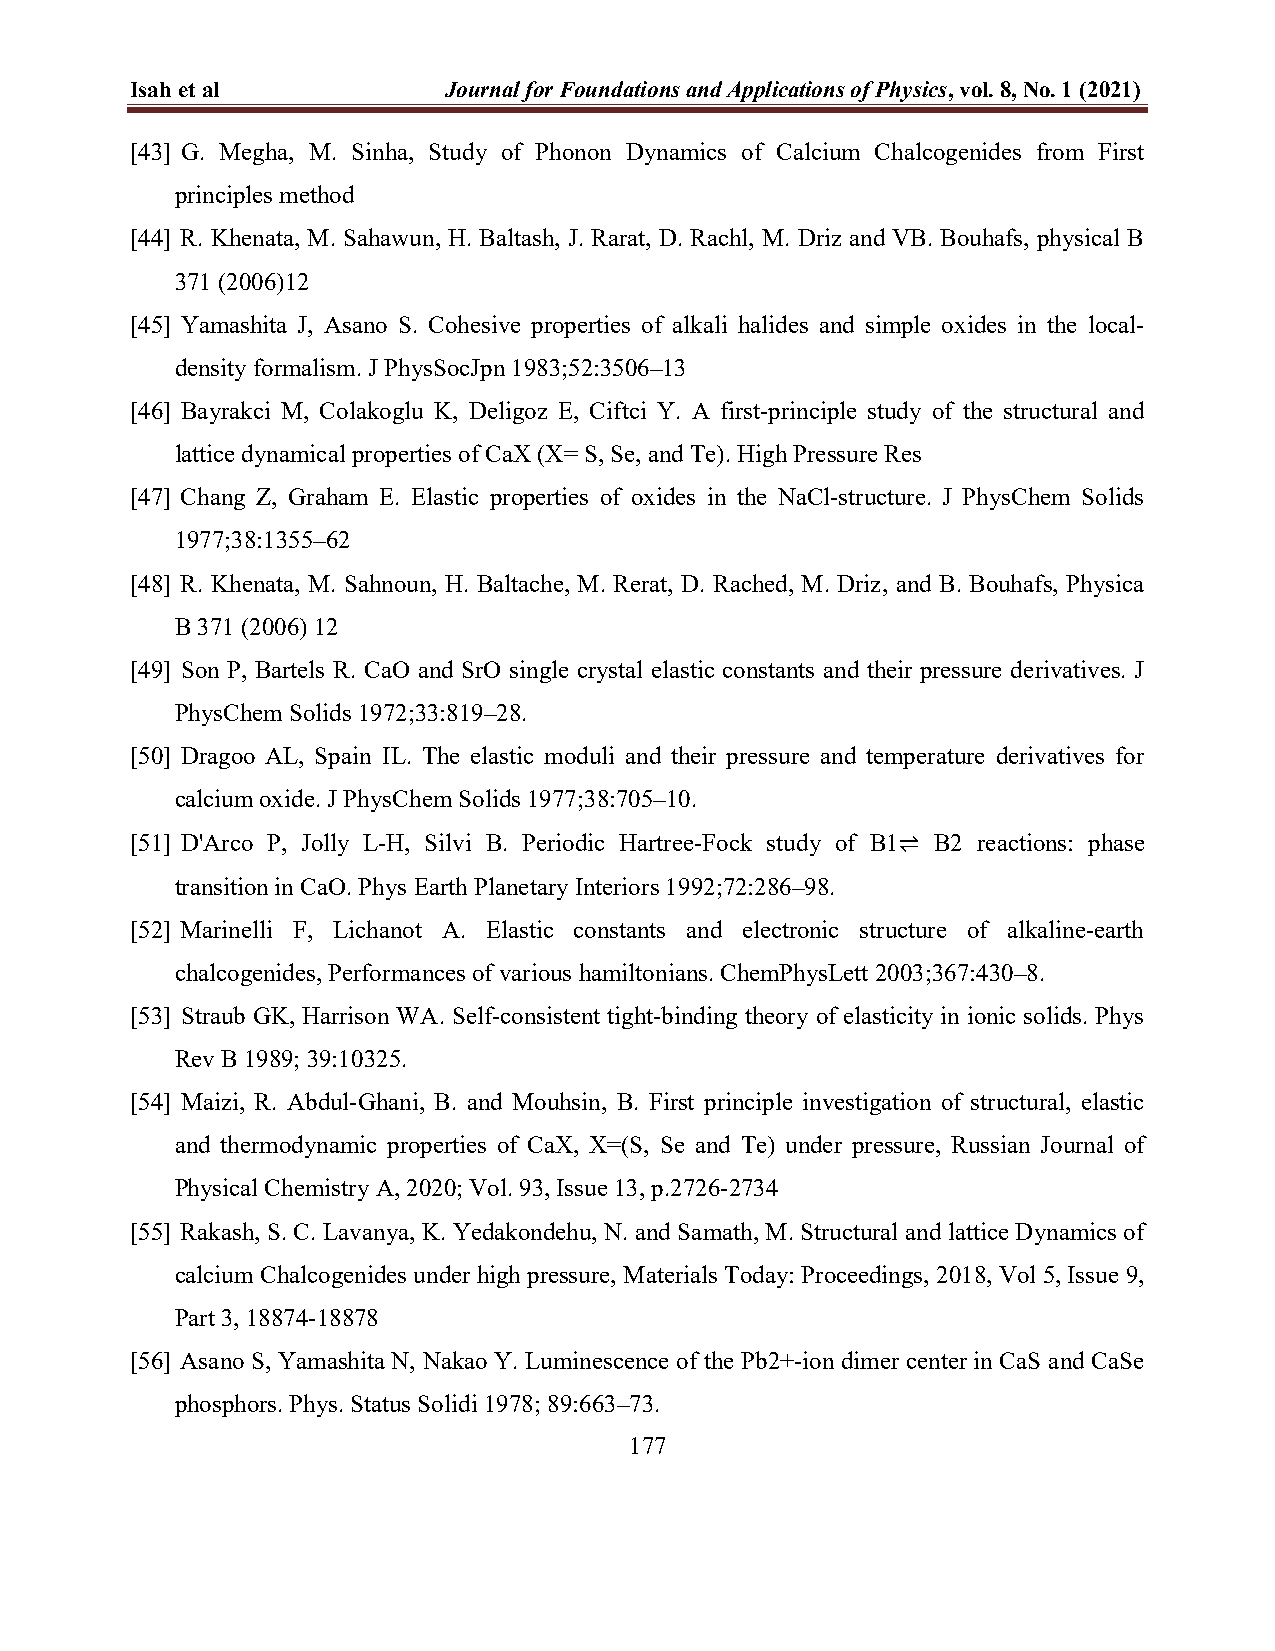
Isah et al          Journal for Foundations and Applications of Physics, vol. 8, No. 1 (2021)
 [43] G. Megha, M. Sinha, Study of Phonon Dynamics of Calcium Chalcogenides from First
 principles method
 [44] R. Khenata, M. Sahawun, H. Baltash, J. Rarat, D. Rachl, M. Driz and VB. Bouhafs, physical B
 371 (2006)12
 [45] Yamashita J, Asano S. Cohesive properties of alkali halides and simple oxides in the local-
 density formalism. J PhysSocJpn 1983;52:3506–13
 [46] Bayrakci M, Colakoglu K, Deligoz E, Ciftci Y. A first-principle study of the structural and
 lattice dynamical properties of CaX (X= S, Se, and Te). High Pressure Res
 [47] Chang Z, Graham E. Elastic properties of oxides in the NaCl-structure. J PhysChem Solids
 1977;38:1355–62
 [48] R. Khenata, M. Sahnoun, H. Baltache, M. Rerat, D. Rached, M. Driz, and B. Bouhafs, Physica
 B 371 (2006) 12
 [49] Son P, Bartels R. CaO and SrO single crystal elastic constants and their pressure derivatives. J
 PhysChem Solids 1972;33:819–28.
 [50] Dragoo AL, Spain IL. The elastic moduli and their pressure and temperature derivatives for
 calcium oxide. J PhysChem Solids 1977;38:705–10.
 [51] D'Arco P, Jolly L-H, Silvi B. Periodic Hartree-Fock study of B1⇌ B2 reactions: phase
 transition in CaO. Phys Earth Planetary Interiors 1992;72:286–98.
 [52] Marinelli F, Lichanot A. Elastic constants and electronic structure of alkaline-earth
 chalcogenides, Performances of various hamiltonians. ChemPhysLett 2003;367:430–8.
 [53] Straub GK, Harrison WA. Self-consistent tight-binding theory of elasticity in ionic solids. Phys
 Rev B 1989; 39:10325.
 [54] Maizi, R. Abdul-Ghani, B. and Mouhsin, B. First principle investigation of structural, elastic
 and thermodynamic properties of CaX, X=(S, Se and Te) under pressure, Russian Journal of
 Physical Chemistry A, 2020; Vol. 93, Issue 13, p.2726-2734
 [55] Rakash, S. C. Lavanya, K. Yedakondehu, N. and Samath, M. Structural and lattice Dynamics of
 calcium Chalcogenides under high pressure, Materials Today: Proceedings, 2018, Vol 5, Issue 9,
 Part 3, 18874-18878
 [56] Asano S, Yamashita N, Nakao Y. Luminescence of the Pb2+-ion dimer center in CaS and CaSe
 phosphors. Phys. Status Solidi 1978; 89:663–73.
 177